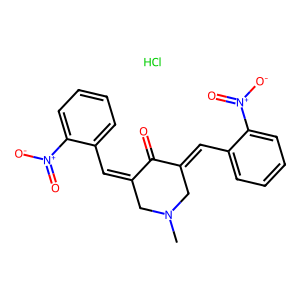
SMILES: CN1CC(=Cc2ccccc2[N+](=O)[O-])C(=O)C(=Cc2ccccc2[N+](=O)[O-])C1.Cl
Inhibits HIV replication: No